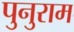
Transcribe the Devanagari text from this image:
पुनुराम